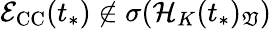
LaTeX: \mathcal{E}_{\mathrm{CC}}(t_{*})\not\in\sigma(\mathcal{H}_{K}(t_{*})_{\mathfrak{V}})